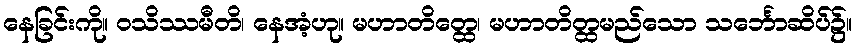
နေခြင်းကို။ ဝသိဿမီတိ၊ နေအံ့ဟု။ မဟာတိတ္ထေ၊ မဟာတိတ္ထမည်သော သင်္ဘောဆိပ်၌။